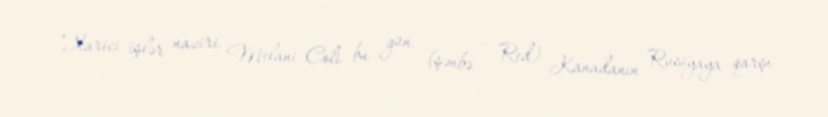
“Xarici işlər naziri Melani Coli bu gün (şənbə - Red) Kanadanın Rusiyaya qarşı